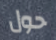
حول